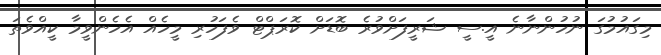
މިގައުމުގަ ނުހުންނާނެ އީ.ސީ ޝަރީފަށްވުރެ ބޮޑަށް ކޮރަޕްޓް ވެފަހުރި މީހެއް އެހެންވީމާ ކީއްވެތަ